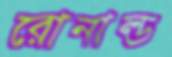
রোনাল্ড